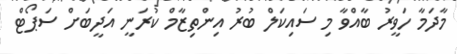
މާދަމާ ހަވީރު ބާއްވާ މި ސައިކަލް ބުރު އިންތިޒާމް ކުރަނީ އަދީބަށް ސަޕޯޓް